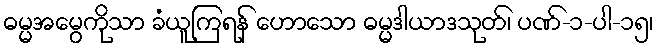
ဓမ္မအမွေကိုသာ ခံယူကြရန် ဟောသော ဓမ္မဒါယာဒသုတ်၊ ပဏ်-၁-ပါ-၁၅၊